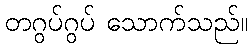
တဂွပ်ဂွပ် သောက်သည်။